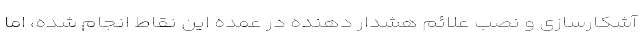
آشکارسازی و نصب علائم هشدار دهنده در عمده این نقاط انجام شده، اما